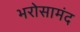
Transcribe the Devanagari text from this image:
भरोसामंद